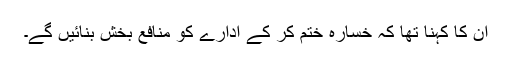
ان کا کہنا تھا کہ خسارہ ختم کر کے ادارے کو منافع بخش بنائیں گے۔